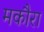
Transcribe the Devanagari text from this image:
मकौरा